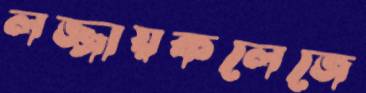
লজ্জায়কলেজে